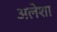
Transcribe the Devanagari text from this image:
अलेशा